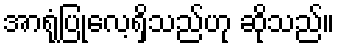
အာရုံပြုလေ့ရှိသည်ဟု ဆိုသည်။